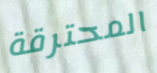
المحترقة